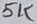
Text: 5K